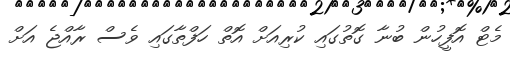
މެޓް އޮފީހުން ބުނާ ގޮތުގައި ކުރިއަށް އޮތް ހަފްތާގައި ވެސް ރާއްޖެ އަށް